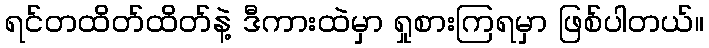
ရင်တထိတ်ထိတ်နဲ့ ဒီကားထဲမှာ ရှုစားကြရမှာ ဖြစ်ပါတယ်။